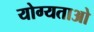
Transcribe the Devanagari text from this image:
योग्यताओ